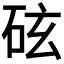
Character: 𪿖